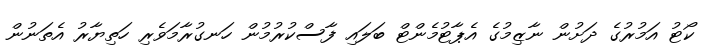
ކޯޓު އަމުރުގެ ދަށުން ނާޒިމުގެ އެޕާޓުމެންޓް ބަލައި ފާސްކުރުމުން ހަނގުރާމަވެރި ހަތިޔާރު އެތަނުން